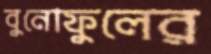
বুনোফুলের